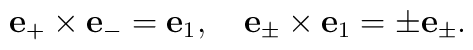
{\bf e}_+\times {\bf e}_-={\bf e}_1,\quad{\bf e}_\pm\times {\bf e}_1=\pm{\bf e}_\pm.